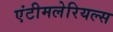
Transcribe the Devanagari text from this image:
एंटीमलेरियल्स